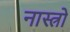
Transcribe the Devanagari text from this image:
नास्त्रो